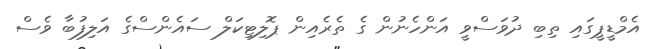
އެމްޑީޕީގައި ތިބި ދުވަސްވީ އަންހެނުން ގެ ތެރެއިން ޕޮލިޓިކަލް ސައެންސްގެ އަލިފުބާ ވެސް